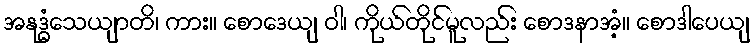
အနုဒ္ဓံသေယျာတိ၊ ကား။ စောဒေယျ ဝါ၊ ကိုယ်တိုင်မူလည်း စောဒနာအံ့။ စောဒါပေယျ